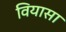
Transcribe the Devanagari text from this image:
वियासा